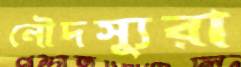
নৌদস্যুরা